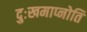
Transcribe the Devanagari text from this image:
दुःखमाप्नोति